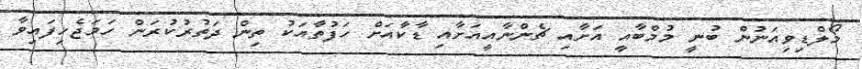
މޯލްޑިވިއަނުން ބުނީ މުމްބާއީ އަށާއި ޗެންނާއީއަށާއި ޑާކާއަށް ހަފުތާއަކު ތިން ދަތުރުކުރަން ހަމަޖެހިފައިވާ